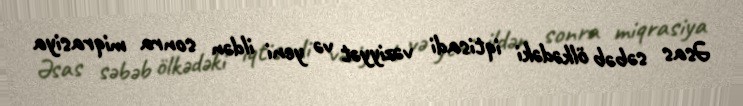
Əsas səbəb ölkədəki iqtisadi vəziyyət və yeni ildən sonra miqrasiya